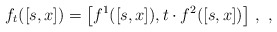
\begin{align*}f_t([s,x]) = \bigl[ f^1([s,x]), t\cdot f^2([s,x])\bigr]~, ~,\end{align*}